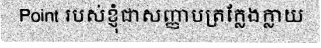
Point របស់ខ្ញុំជាសញ្ញាបត្រក្លែងក្លាយ